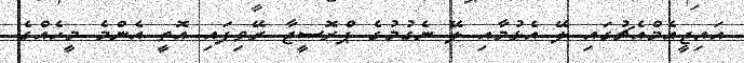
އައިޖީއެމްއެޗުގައި ލޭ އެޅުމާއި ލޭ ނެގުމުގެ ޕްރޮސީޖާ ރޭވިފައި އޮތީ އެންމެ މީހެއްގެ